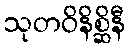
သုတဝိနိစ္ဆိနီ